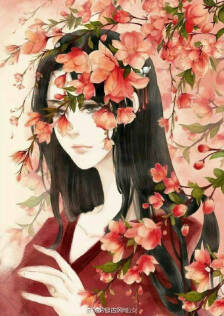
湘江两岸花木深，美人不见愁人心。